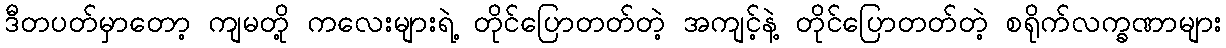
ဒီတပတ်မှာတော့ ကျမတို့ ကလေးများရဲ့ တိုင်ပြောတတ်တဲ့ အကျင့်နဲ့ တိုင်ပြောတတ်တဲ့ စရိုက်လက္ခဏာများ